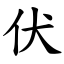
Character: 伏